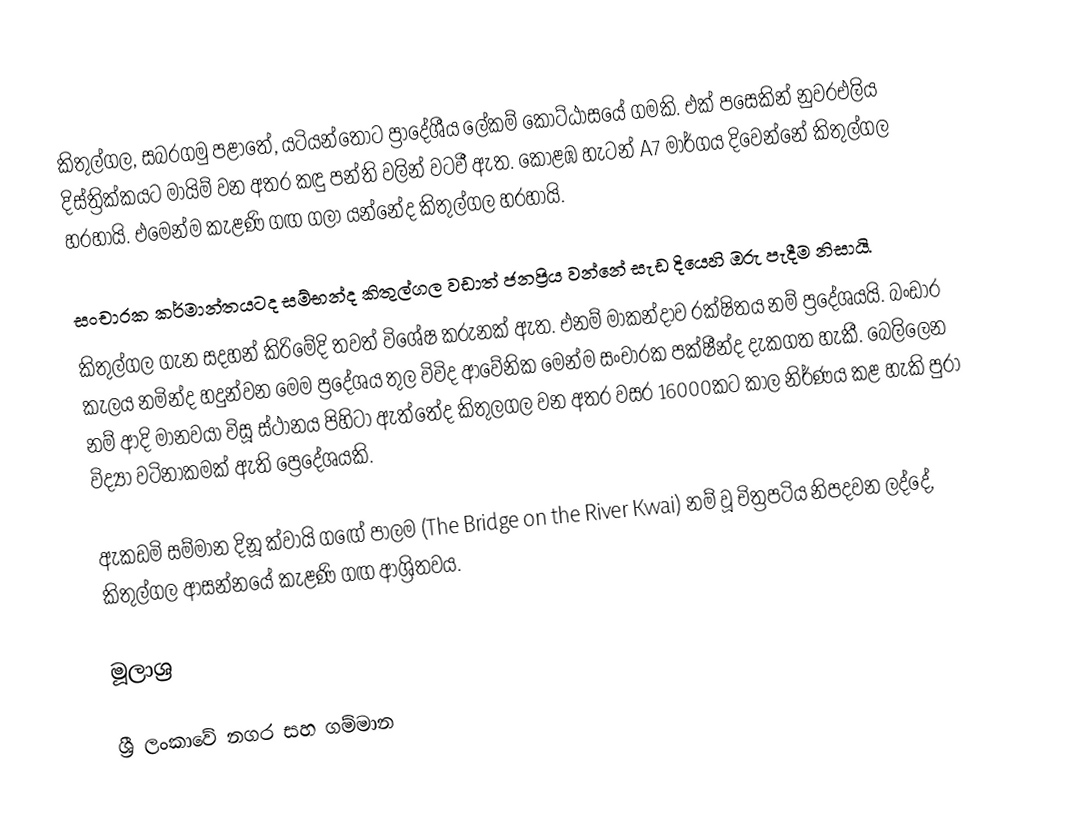
කිතුල්ගල, සබරගමු පළාතේ, යටියන්තොට ප්‍රාදේශීය ලේකම් කොට්ඨාසයේ ගමකි. එක් පසෙකින් නුවරඑලිය දිස්ත්‍රික්කයට මායිම් වන අතර කඳු පන්ති වලින් වටවී ඇත. කොළඹ හැටන් A7 මාර්ගය දිවෙන්නේ කිතුල්ගල හරහායි. එමෙන්ම කැළණි ගඟ ගලා යන්නේද කිතුල්ගල හරහායි.

සංචාරක කර්මාන්තයටද සම්භන්ද කිතුල්ගල වඩාත් ජනප්‍රිය වන්නේ සැඩ දියෙහි ඔරු පැදීම නිසායි.
කිතුල්ගල ගැන සදහන් කිරිමේදි තවත් විශේෂ කරුනක් ඇත. එනම් මාකන්දාව රක්ෂිතය නම් ප්‍රදේශයයි. බංඩාර කැලය නමින්ද හදුන්වන මෙම ප්‍රදේශය තුල විවිද ආවේනික මෙන්ම සංචාරක පක්ෂීන්ද දැකගත හැකී. බෙලිලෙන නම් ආදි මානවයා විසූ ස්ථානය පිහිටා ඇත්තේද කිතුලගල වන අතර වසර 16000කට කාල නිර්ණය කළ හැකි පුරා විද්‍යා වටිනාකමක් ඇති ප්‍රෙදේශයකි.

ඇකඩමි සම්මාන දිනූ ක්වායි ගඟේ පාලම (The Bridge on the River Kwai) නම් වූ චිත්‍රපටිය නිපදවන ලද්දේ, කිතුල්ගල ආසන්නයේ කැළණි ගඟ ආශ්‍රිතවය.

මූලාශ්‍ර

ශ්‍රී ලංකාවේ නගර සහ ගම්මාන